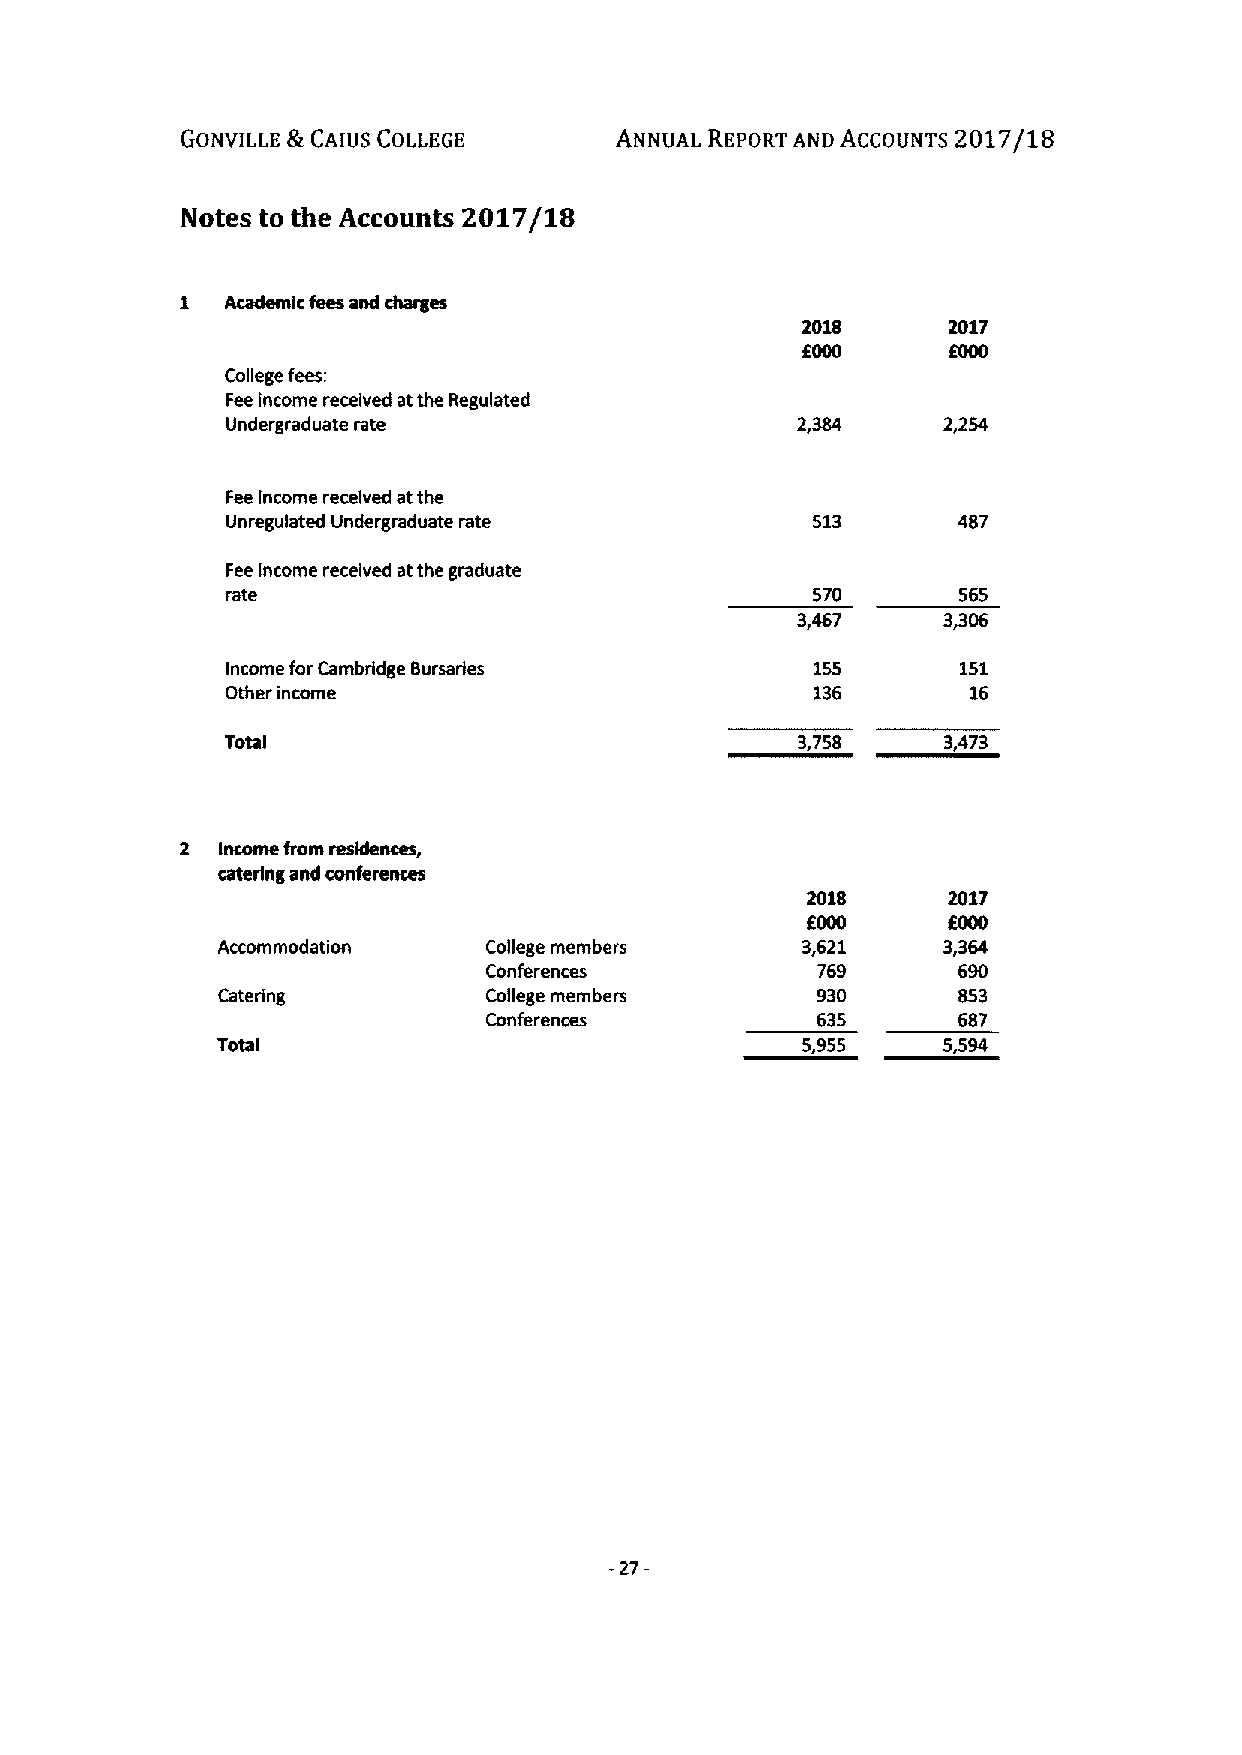
2017/18
 GONVILLE fft CAIUS COLLEGE   ANNUAL REPORT AND ACCOUNTS
 Notes to the Accounts 2017/18
 1  Academic fees and charges
 2018      2017
 0000      6000
 College fees:
 Fee income received atthe Regulated
 Undergraduate rate                             2,254
 Fee income received atthe
 Unregulated Undergraduate rate
 Fee income received atthe graduate
 rate                                   570      565
 3,467
 Income forCambridge Bursarles          155       151
 Other income                           136       16
 Total                                 3,758     3,473
 ~,
 2 Income from
 catering and conferences
 2018      2017
 6000      6000
 Accommodation     College members      3,621    3,364
 Conferences           769      690
 Catering          College members       930      853
 Conferences           635      687
 Total                                  5355     5,594
 -27-